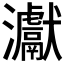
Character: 𤅊